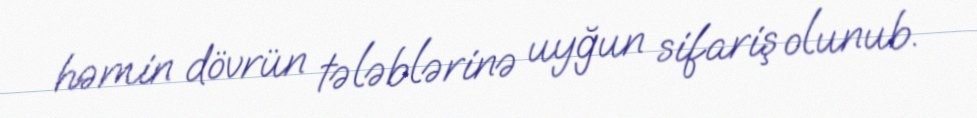
həmin dövrün tələblərinə uyğun sifariş olunub.